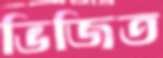
ভিজিত